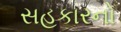
સહકારનો